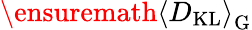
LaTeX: \ensuremath{\left\langle D_{\mathrm{KL}}\right\rangle}_{\mathrm{G}}